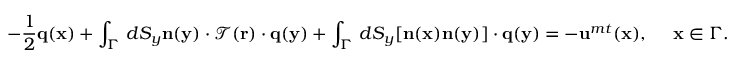
- \frac { 1 } { 2 } \mathbf { q } ( \mathbf { x } ) + \int _ { \Gamma } \, d S _ { y } \mathbf { n } ( \mathbf { y } ) \cdot \mathcal { T } ( \mathbf { r } ) \cdot \mathbf { q } ( \mathbf { y } ) + \int _ { \Gamma } \, d S _ { y } [ \mathbf { n } ( \mathbf { x } ) \mathbf { n } ( \mathbf { y } ) ] \cdot \mathbf { q } ( \mathbf { y } ) = - \mathbf { u } ^ { m t } ( \mathbf { x } ) , ~ ~ ~ ~ \mathbf { x } \in \Gamma .